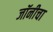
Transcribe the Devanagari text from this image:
जॉनीचा